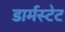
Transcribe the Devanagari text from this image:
डार्मस्टेट